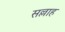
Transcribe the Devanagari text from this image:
सल्लाह